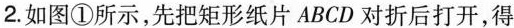
2.如图①所示，先把矩形纸片ABCD对折后打开，得